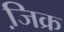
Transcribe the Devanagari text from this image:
जि़क्र